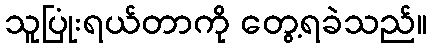
သူပြုံးရယ်တာကို တွေ့ရခဲသည်။